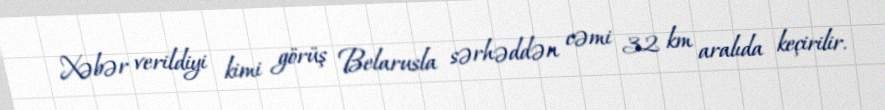
Xəbər verildiyi kimi görüş Belarusla sərhəddən cəmi 32 km aralıda keçirilir.